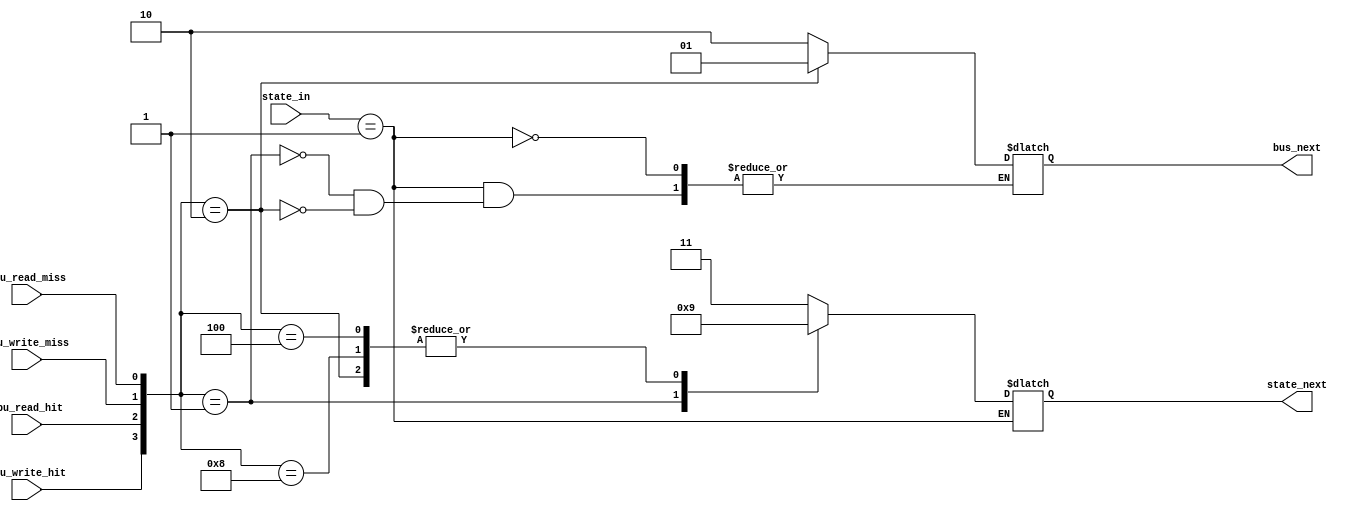
module FSM_MSI(
    input [1:0] state_in,
    input cpu_write_hit, cpu_read_hit,
    input cpu_write_miss, cpu_read_miss,    
    output reg [1:0] state_next,bus_next
    );
    parameter INVALID=2'b00, MODIFIED=2'b01, SHARED=2'b10;
    parameter BUS_INVALIDATE=2'b00, BUS_WRITE_MISS=2'b01, BUS_READ_MISS=2'b10;
    wire cpu_write = cpu_write_hit | cpu_write_miss;//whenever a write
    wire cpu_read = cpu_read_hit | cpu_read_miss;

    initial begin
        state_next <= INVALID;
    end
    always@(*)begin
        case(state_in)
           MODIFIED:begin
                case({cpu_write_hit,cpu_read_hit,cpu_write_miss,cpu_read_miss})
                    4'b0001:begin                      
                        state_next <= SHARED;  
                        bus_next <= BUS_READ_MISS;
                    end
                    4'b0010:begin
                        state_next <= MODIFIED;   
                        bus_next <= BUS_WRITE_MISS;
                    end
                    4'b0100,4'b1000:begin
                        state_next <= MODIFIED;
                    end
                    default:begin
                        state_next <= 2'b11;//error code
                    end
                endcase          
            end
             endcase
    end
endmodule